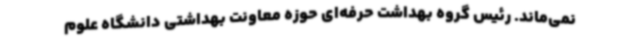
نمی‌ماند. رئیس گروه بهداشت حرفه‌ای حوزه معاونت بهداشتی دانشگاه علوم